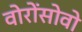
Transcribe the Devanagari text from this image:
वोरोंसोवो